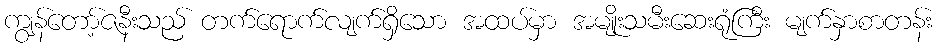
ကျွန်တော့်ဇနီးသည် တက်ရောက်လျက်ရှိသော အထပ်မှာ အမျိုးသမီးဆေးရုံကြီး မျက်နှာစာတန်း